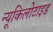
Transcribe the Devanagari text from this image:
न्यूकिलोटाइड